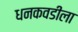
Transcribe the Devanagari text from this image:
धनकवडीला